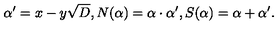
\alpha ^ { \prime } = x - y \sqrt { D } , N ( \alpha ) = \alpha \cdot \alpha ^ { \prime } , S ( \alpha ) = \alpha + \alpha ^ { \prime } .